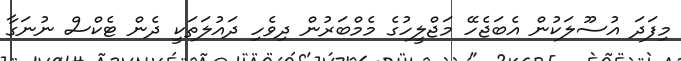
މިފަދަ އުސޫލަކުން އެބަޖެހޭ މަޖްލީހުގެ މެމްބަރުން ދިވެހި ދައުލަތަކީ ދެން ޓެކްސް ނުނަގާ